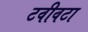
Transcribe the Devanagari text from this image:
टवीवटा